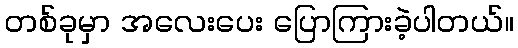
တစ်ခုမှာ အလေးပေး ပြောကြားခဲ့ပါတယ်။